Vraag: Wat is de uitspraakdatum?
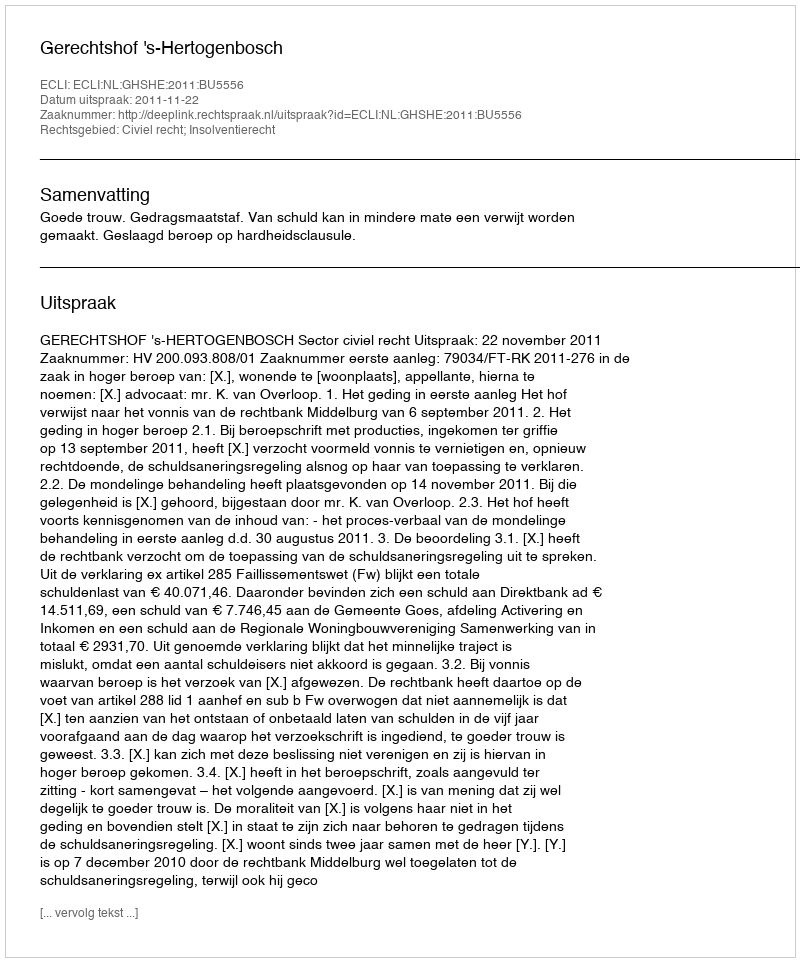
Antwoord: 2011-11-22